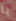
يا